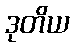
ဒုတိယ